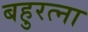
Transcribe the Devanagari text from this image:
बहुरत्ना